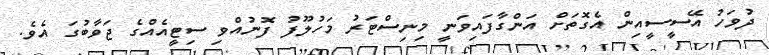
ދުވަހު އޭސީސީއިން އެގޮތަށް އަންގާފައިވަނީ މިނިސްޓަރު މަހުލޫފު ފޮނުއްވި ސިޓީއެއްގެ ޖަވާބުގަ އެވެ.